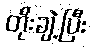
တိုးချဲ့ပြီး